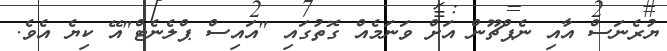
ޔުރެނަސް އާއި ނެޕްޗޫން އަށް ވަނަމެއް ގޮތުގައި "އައިސް ޕްލެނެޓް"އޭ ކިޔެ އެވެ.